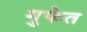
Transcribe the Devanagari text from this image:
गुफेत